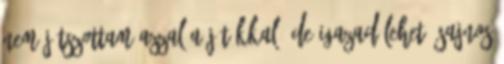
nem játszottam azzal a játékkal. De igazad lehet. Sajnos